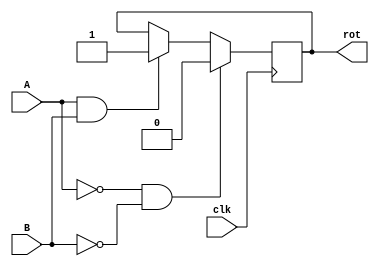
module DECTECTOR_MODULE(
    input clk,         // Clock input
    input A,           // Input A
    input B,           // Input B
    output reg rot     // Output rotation signal
);

    always @(posedge clk) begin
        if (A == 1'b0 & B == 1'b0) begin
            rot <= 1'b0; // If A and B are both 0, set rotation signal to 0
        end else if (A == 1'b1 & B == 1'b1) begin
            rot <= 1'b1; // If A and B are both 1, set rotation signal to 1
        end
    end
    
endmodule
module TOP_MODULE(
    input [3:0] drot_Atrot_A_record,  // Input data for rotation
    input clk,                         // Clock input
    input rot_A,                      // Input A for rotation
    input rot_B,                       // Input B for rotation
    input reset,                       // Reset signal
    output lcd_rs,                     // LCD register select signal
    output lcd_w,                      // LCD write signal
    output lcd_e,                      // LCD enable signal
    output lcd_rot_Bus                // LCD rotation bus
);

    wire rot;                          // Rotation signal wire
    wire [127:0] line_1;               // Data wire for LCD line 1
    wire [127:0] line_2;               // Data wire for LCD line 2
    
    // Instantiate rotation detector module
    DECTECTOR_MODULE D0(clk, rot_A, rot_B, rot);
    
    // Instantiate interface module
    INTERFrot_ACE_MODULE I0(drot_Atrot_A_record, clk, rot, reset, line_1, line_2);
    
    // Instantiate LCD driver module
    LCD_DRIVER_MODULE L0(line_1, line_2, clk, lcd_rs, lcd_w, lcd_e, lcd_rot_Bus);
    
endmodule